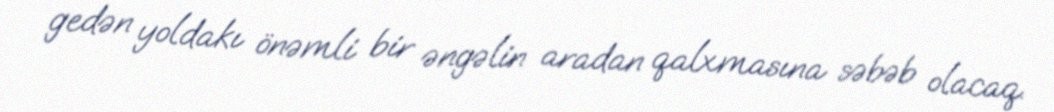
gedən yoldakı önəmli bir əngəlin aradan qalxmasına səbəb olacaq.